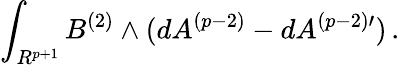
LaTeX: \int_{R^{p+1}}B^{(2)}\wedge(dA^{(p-2)}-dA^{(p-2)\prime})\, .